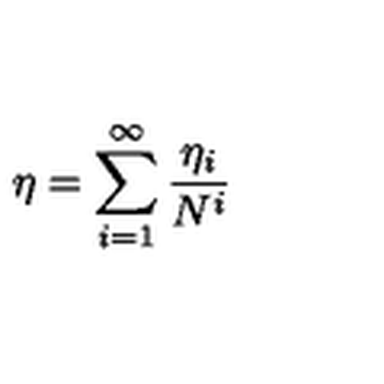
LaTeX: \eta = \sum _ { i = 1 } ^ { \infty } \frac { \eta _ { i } } { N ^ { i } }